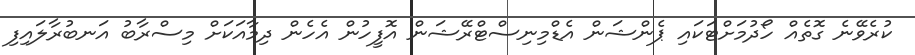
ކުރެވޭނެ ގޮތެއް ހޯދުމަށްޓަކައި ޕެންޝަން އެޑްމިނިސްޓްރޭޝަން އޮފީހުން އެހެން ދިމާއަކަށް މިސްރާބު އަނބުރާލައިފި